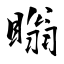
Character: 瞈